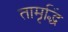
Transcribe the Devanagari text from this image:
तामृद्धिं